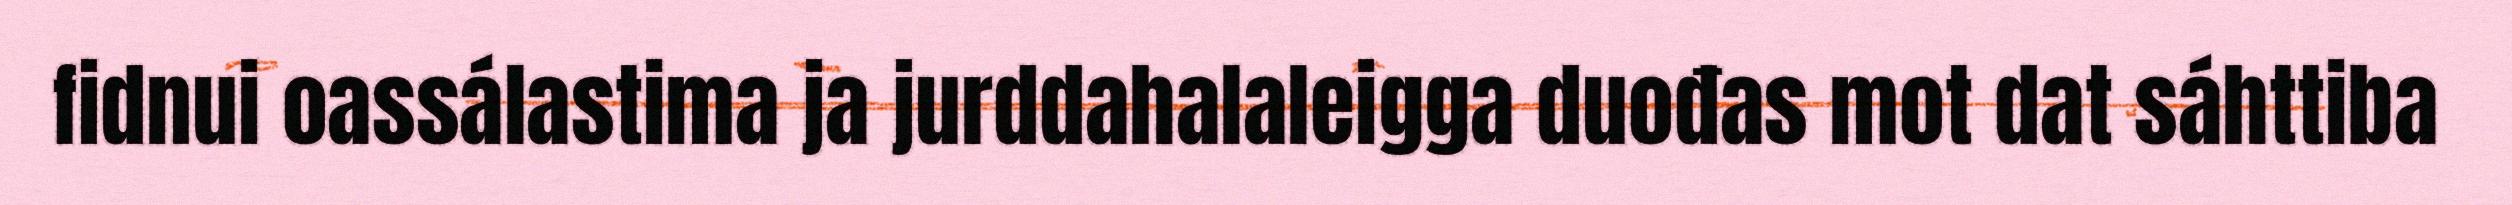
fidnui oassálastima ja jurddahalaleigga duođas mot dat sáhttiba